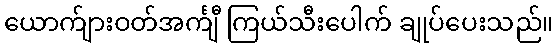
ယောက်ျားဝတ်အင်္ကျီ ကြယ်သီးပေါက် ချုပ်ပေးသည်။